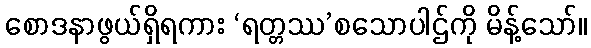
စောဒနာဖွယ်ရှိရကား ‘ရတ္တဿ’စသောပါဌ်ကို မိန့်သော်။